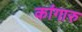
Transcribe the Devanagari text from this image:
कांगारु